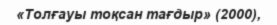
«Толғауы тоқсан тағдыр» (2000),